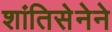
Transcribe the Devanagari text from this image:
शांतिसेनेने